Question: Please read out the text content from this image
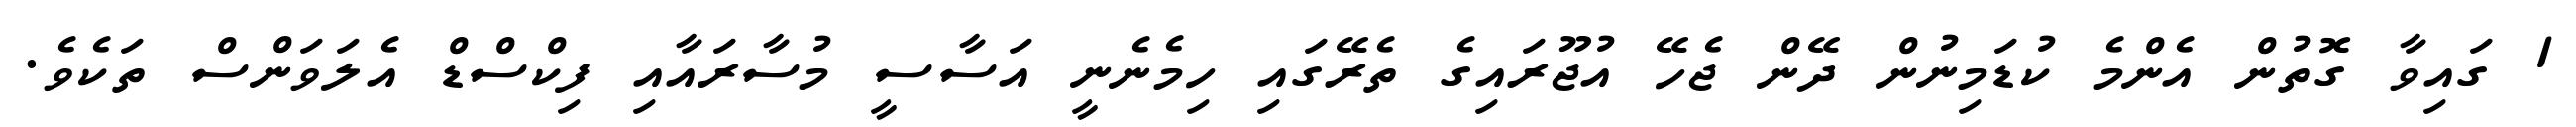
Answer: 1 ގައިވާ ގޮތުން އެންމެ ކުޑަމިނުން ދޭން ޖެހޭ އުޖޫރައިގެ ތެރޭގައި ހިމެނެނީ އަސާސީ މުސާރައާއި ފިކްސްޑް އެލަވަންސް ތަކެވެ.